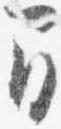
間